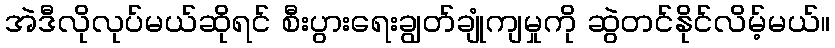
အဲဒီလိုလုပ်မယ်ဆိုရင် စီးပွားရေးချွတ်ချုံကျမှုကို ဆွဲတင်နိုင်လိမ့်မယ်။